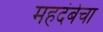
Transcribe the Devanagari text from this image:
महदंबेचा